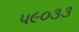
૫૯૦૩૩